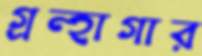
গ্রন্হাগার